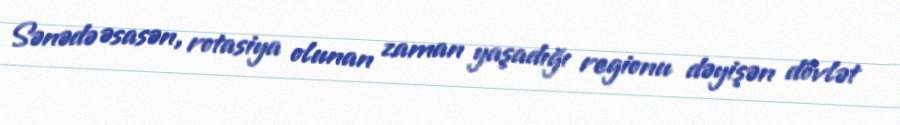
Sənədə əsasən, rotasiya olunan zaman yaşadığı regionu dəyişən dövlət